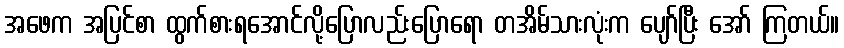
အဖေက အပြင်စာ ထွက်စားရအောင်လို့ပြောလည်းပြောရော တအိမ်သားလုံးက ပျော်ပြီး အော် ကြတယ်။